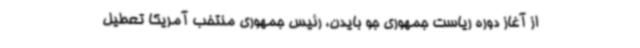
از آغاز دوره ریاست جمهوری جو بایدن، رئیس جمهوری منتخب آمریکا تعطیل